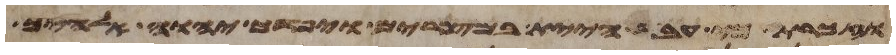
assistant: וזכרת כי עבד היית במצרים ויפדך יהוה אלהיך